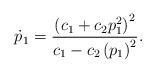
LaTeX: \begin{align*}\dot{p}_{1}=\frac{\left( c_{1}+c_{2}p_{1}^{2}\right) ^{2}}{c_{1}-c_{2}\left(p_{1}\right) ^{2}}. \end{align*}